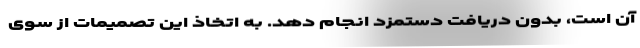
آن است، بدون دریافت دستمزد انجام دهد. به اتخاذ این تصمیمات از سوی